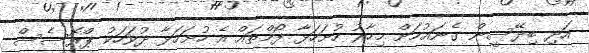
އަދި ބިދޭސީން ގެނައުމަށް މިހާރު ހުށަހަޅާ ފޯމްތައް އެ ހުށަހަޅާ ދުވަހަކު ޕްރޮސެސް